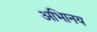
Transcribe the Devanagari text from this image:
अभािनय